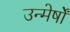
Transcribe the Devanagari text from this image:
उन्मेर्षों